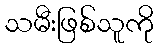
သမီးဖြစ်သူကို